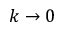
k \to 0